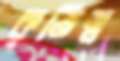
কৃতিত্ব